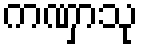
ကဏှာသု